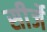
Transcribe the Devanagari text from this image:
सीर्जे